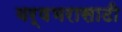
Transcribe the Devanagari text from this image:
वर्षभरासाठी